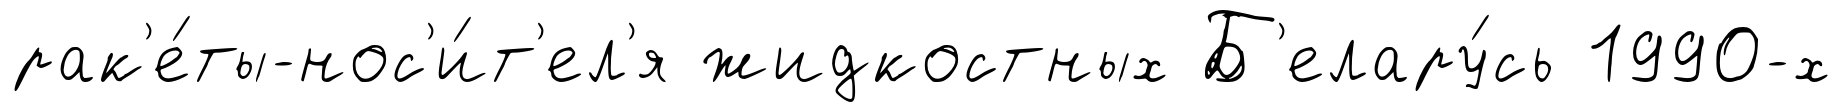
рак'е́ты-нос'и́т'ел'я жидкостных Б'елару́сь 1990-х